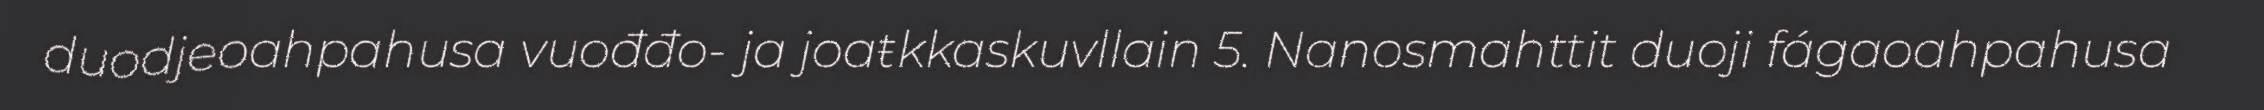
duodjeoahpahusa vuođđo- ja joaŧkkaskuvllain 5. Nanosmahttit duoji fágaoahpahusa